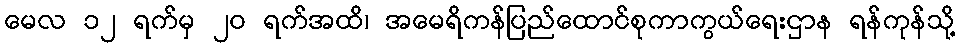
မေလ ၁၂ ရက်မှ ၂၀ ရက်အထိ၊ အမေရိကန်ပြည်ထောင်စုကာကွယ်ရေးဌာန ရန်ကုန်သို့